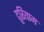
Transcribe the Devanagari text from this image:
दूरियाम